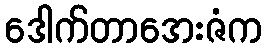
ဒေါက်တာအေးဇံက